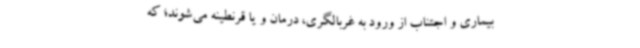
بیماری و اجتناب از ورود به غربالگری، درمان و یا قرنطینه می‌شوند؛ که